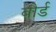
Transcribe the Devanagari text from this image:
बौर्ड